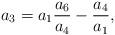
LaTeX: \begin{align*}a_3=a_1\frac{a_6}{a_4}-\frac{a_4}{a_1},\end{align*}